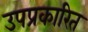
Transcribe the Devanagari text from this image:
उपप्रकारित